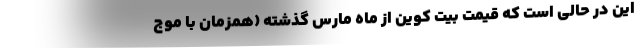
این در حالی است که قیمت بیت کوین از ماه مارس گذشته (همزمان با موج